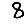
Digit: 8